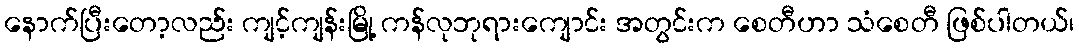
နောက်ပြီးတော့လည်း ကျင့်ကျန်းမြို့ ကန်လုဘုရားကျောင်း အတွင်းက စေတီဟာ သံစေတီ ဖြစ်ပါတယ်၊